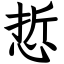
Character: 悊